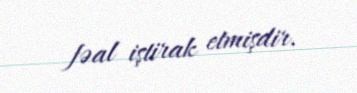
fəal iştirak etmişdir.